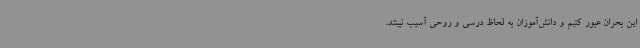
این بحران عبور کنیم و دانش‌آموزان به لحاظ درسی و روحی آسیب نبینند.